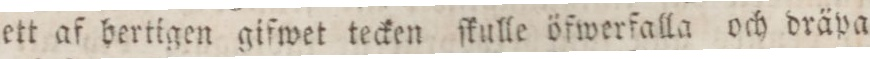
ett af bertigen gifwet tecken ſkulle öfwerfalla och dräpa